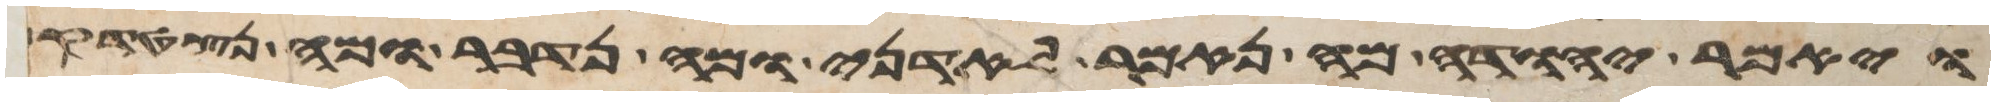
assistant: ויאמר יהודה מה נאמר לאדני ומה נדבר ומה נצטדק